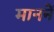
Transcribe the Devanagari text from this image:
माननें